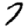
Digit: 7